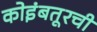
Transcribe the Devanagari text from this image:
कोइंबतूरची